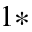
^ { 1 * }